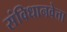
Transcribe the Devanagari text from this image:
संविधानवेत्ता